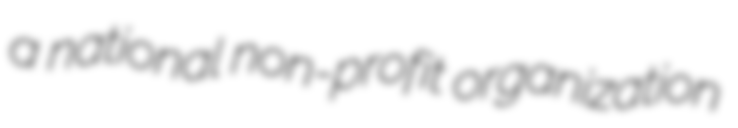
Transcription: a national non-profit organization